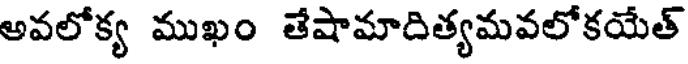
అవలోక్య ముఖం తేషామాదిత్యమవలోకయేత్